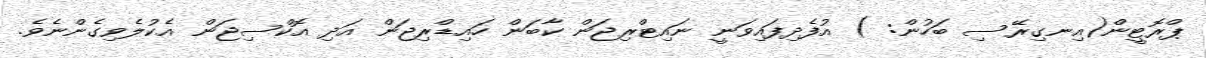
ޕްރޮޓީން(އިނގިރޭސި ބަހުން: ) އުފެދިފައިވަނީ ނައިޓްރިޖަން ކާބަން ހައިޑްރިޖަން އަދި އޮކްސިޖަން އެކުލެވިގެންނެވެ.